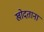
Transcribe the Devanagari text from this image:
खोदताना